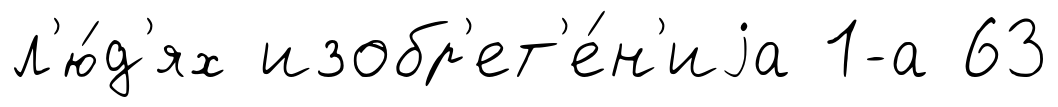
л'ю́д'ях изобр'ет'е́н'иjа 1-а 63